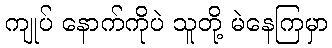
ကျုပ် နောက်ကိုပဲ သူတို့ မဲနေကြမှာ